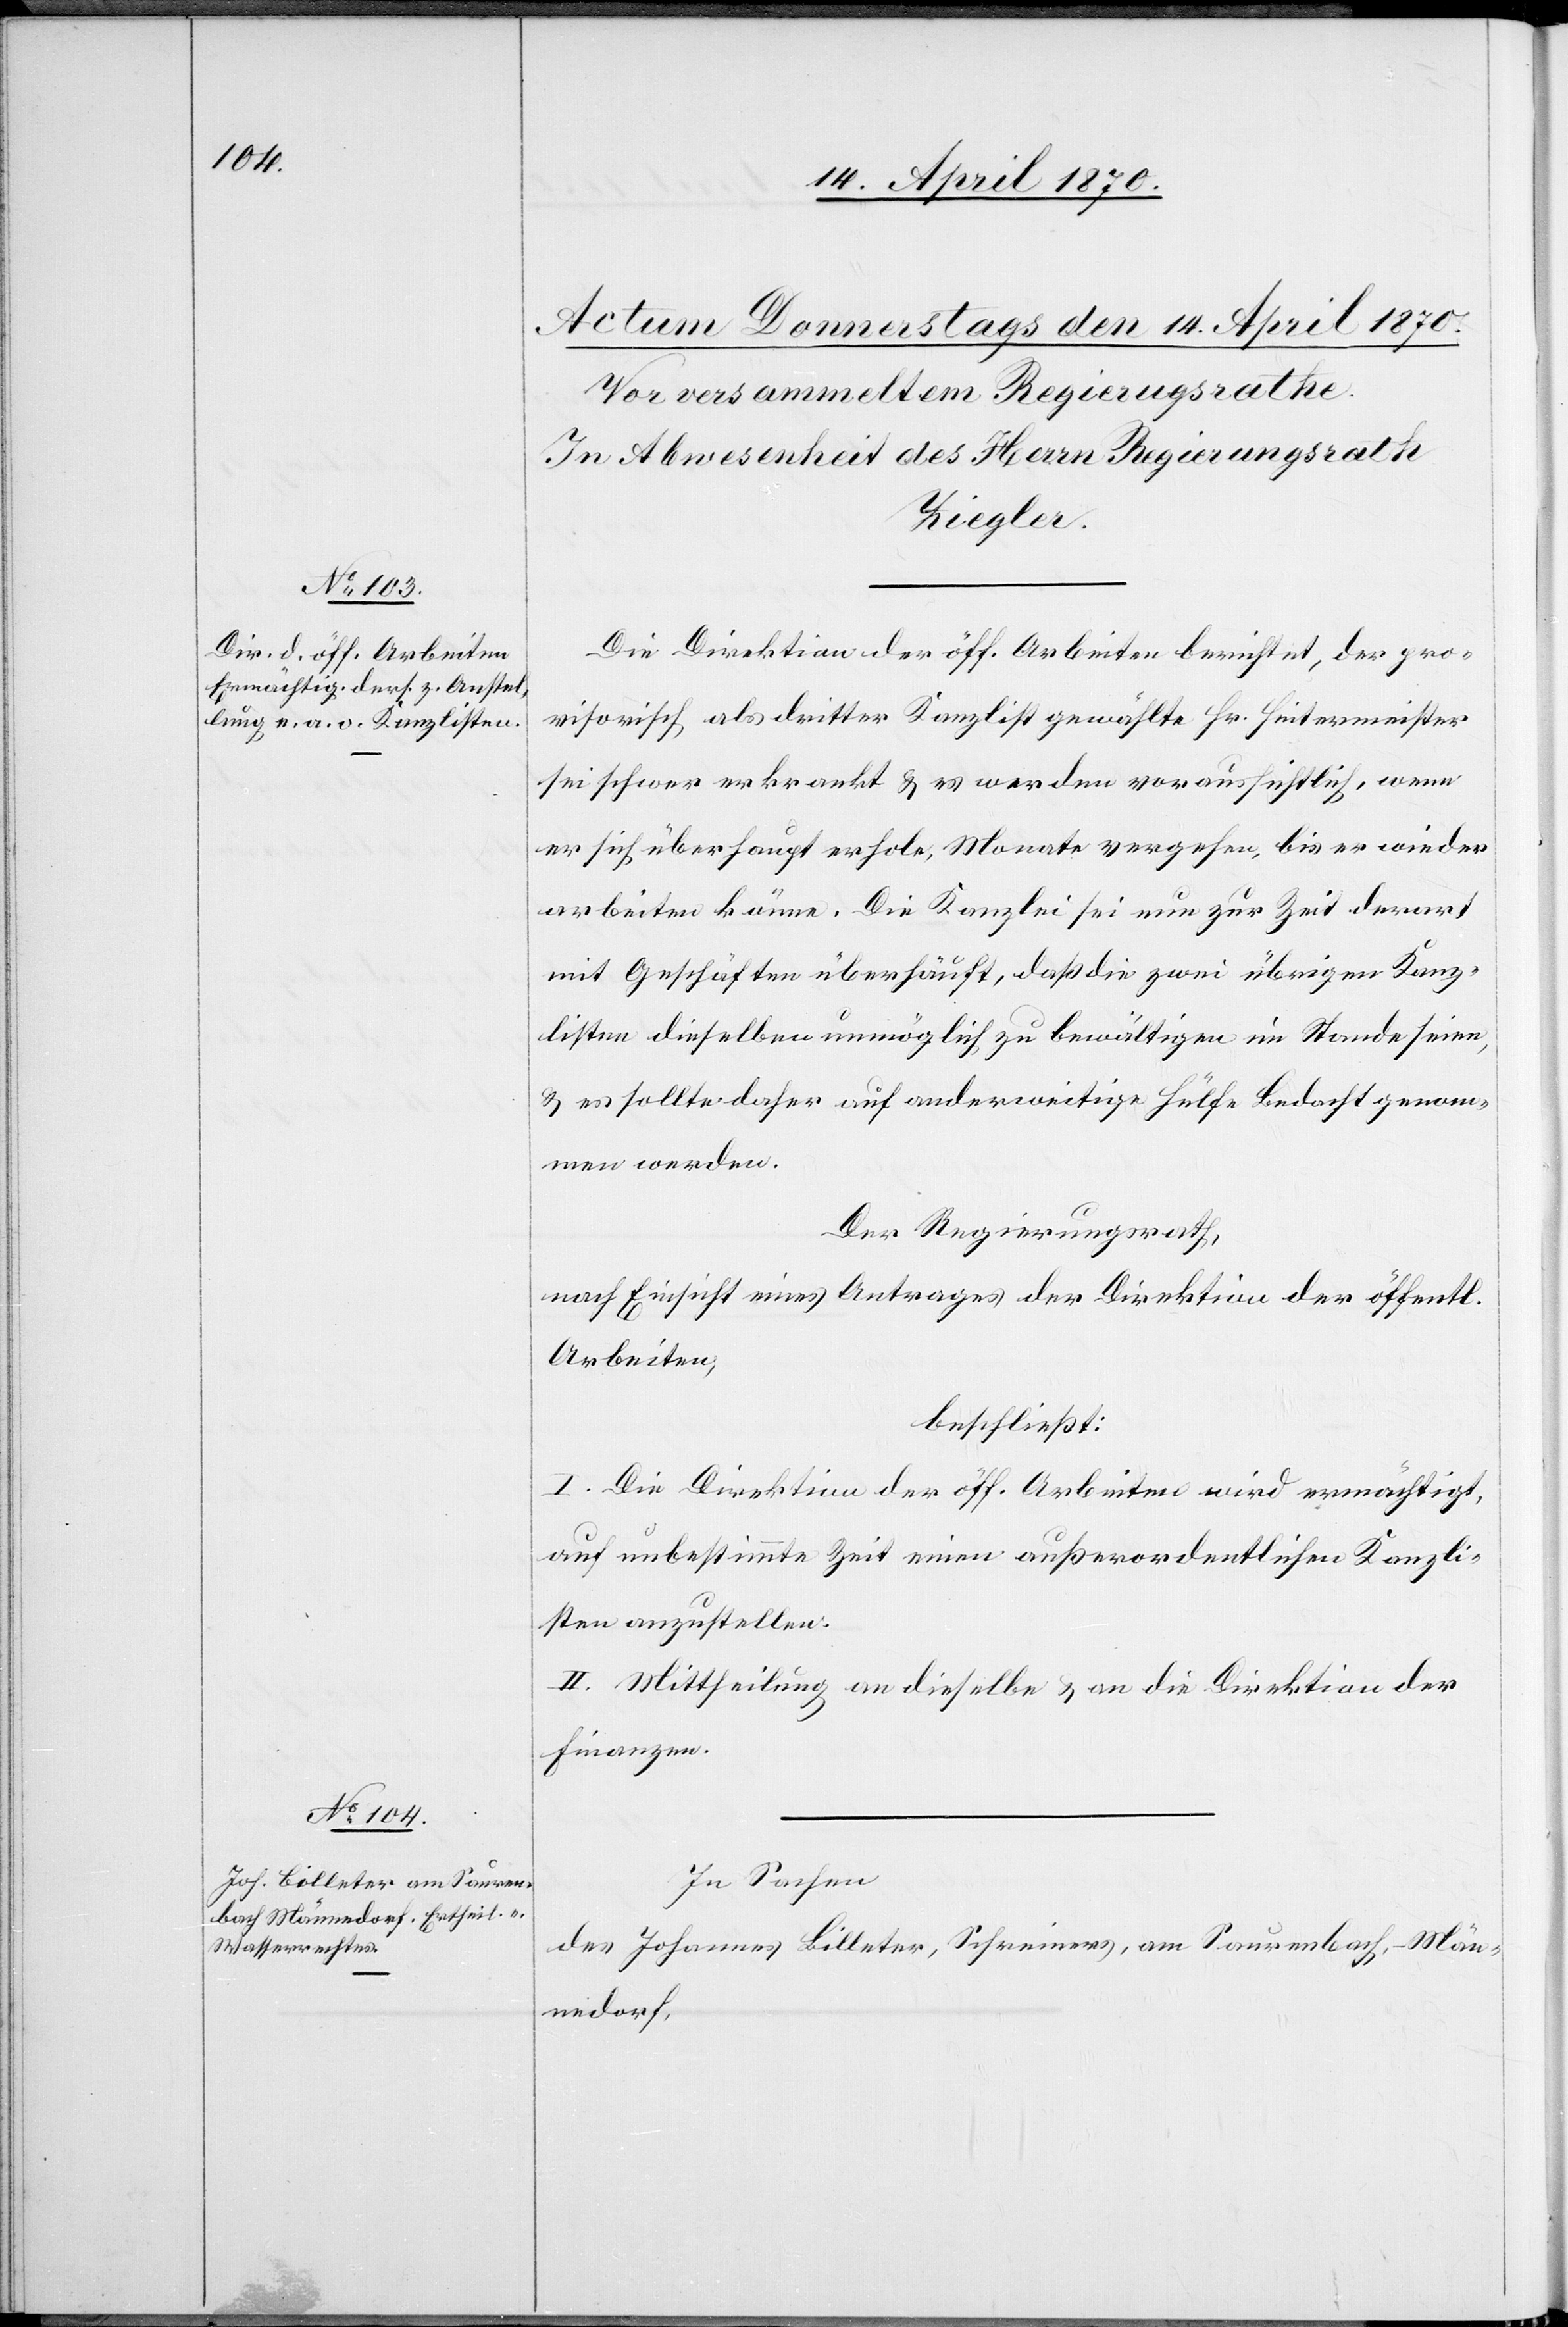
Die Direktion der öff. Arbeiten berichtet, der pro¬
visorisch als dritter Kanzlist gewählte Hr. Hintermeister
sei schwer erkrankt & es werden voraussichtlich, wenn
er sich überhaupt erhole, Monate vergehen, bis er wieder
arbeiten könne. Die Kanzlei sei nun zur Zeit derart
mit Geschäften überhäuft, daß die zwei übrigen Kanz¬
listen dieselben unmöglich zu bewältigen im Stande seien,
& es sollte daher auf anderweitige Hülfe Bedacht genom¬
men werden.
Der Regierungsrath,
nach Einsicht eines Antrages der Direktion der öff.
Arbeiten,
beschließt:
I. Die Direktion der öff. Arbeiten wird ermächtigt,
auf unbestimmte Zeit einen außerordentlichen Kanzli¬
sten anzustellen.
II. Mittheilung an dieselbe & an die Direktion der
Finanzen.
In Sachen
des Johannes Billeter, Schreiners, am Saurenbach - Män¬
nedorf,